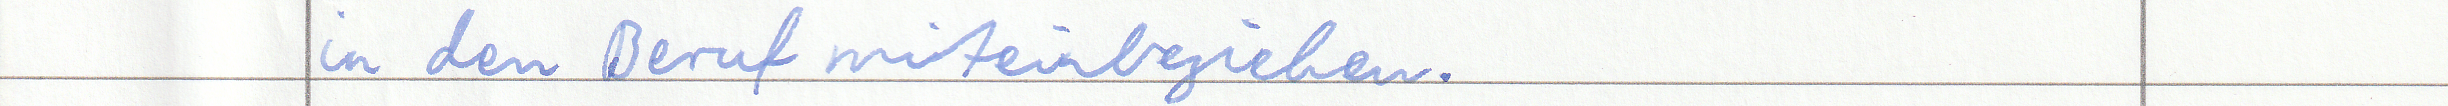
in den Beruf miteinbeziehen.